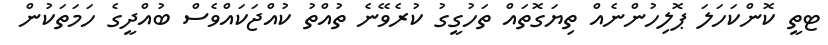
ޓތީ ކޮންކަހަލަ ޕޮލިހުންނެއް ތިޔަގޮތައް ތަހުގީގު ކުރެވޭނެ ތުއްތު ކުއްޖަކައްވެސް ބުއްދީގެ ހަމަތަކުން